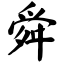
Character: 舜